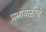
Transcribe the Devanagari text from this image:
प्रभावळीचे